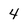
Character: 4